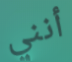
أنني